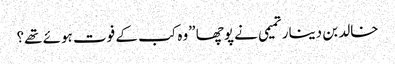
خالد بن دینار تمیمی نے پوچھا ”وہ کب کے فوت ہوئے تھے؟